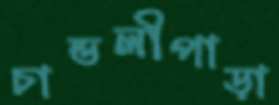
চান্ডলীপাড়া